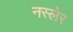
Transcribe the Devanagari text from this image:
नस्लेर